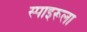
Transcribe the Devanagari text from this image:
स्पाइरूला